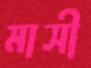
মাসী